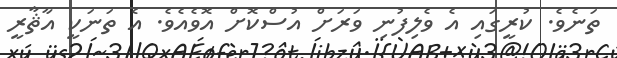
ތަނެވެ. ކުރީގައި އެ ވެލިފުނި ވަރަށް އުސްކޮށް އޮވެއެވެ. އެ ތަނަކީ އާޘާރީ